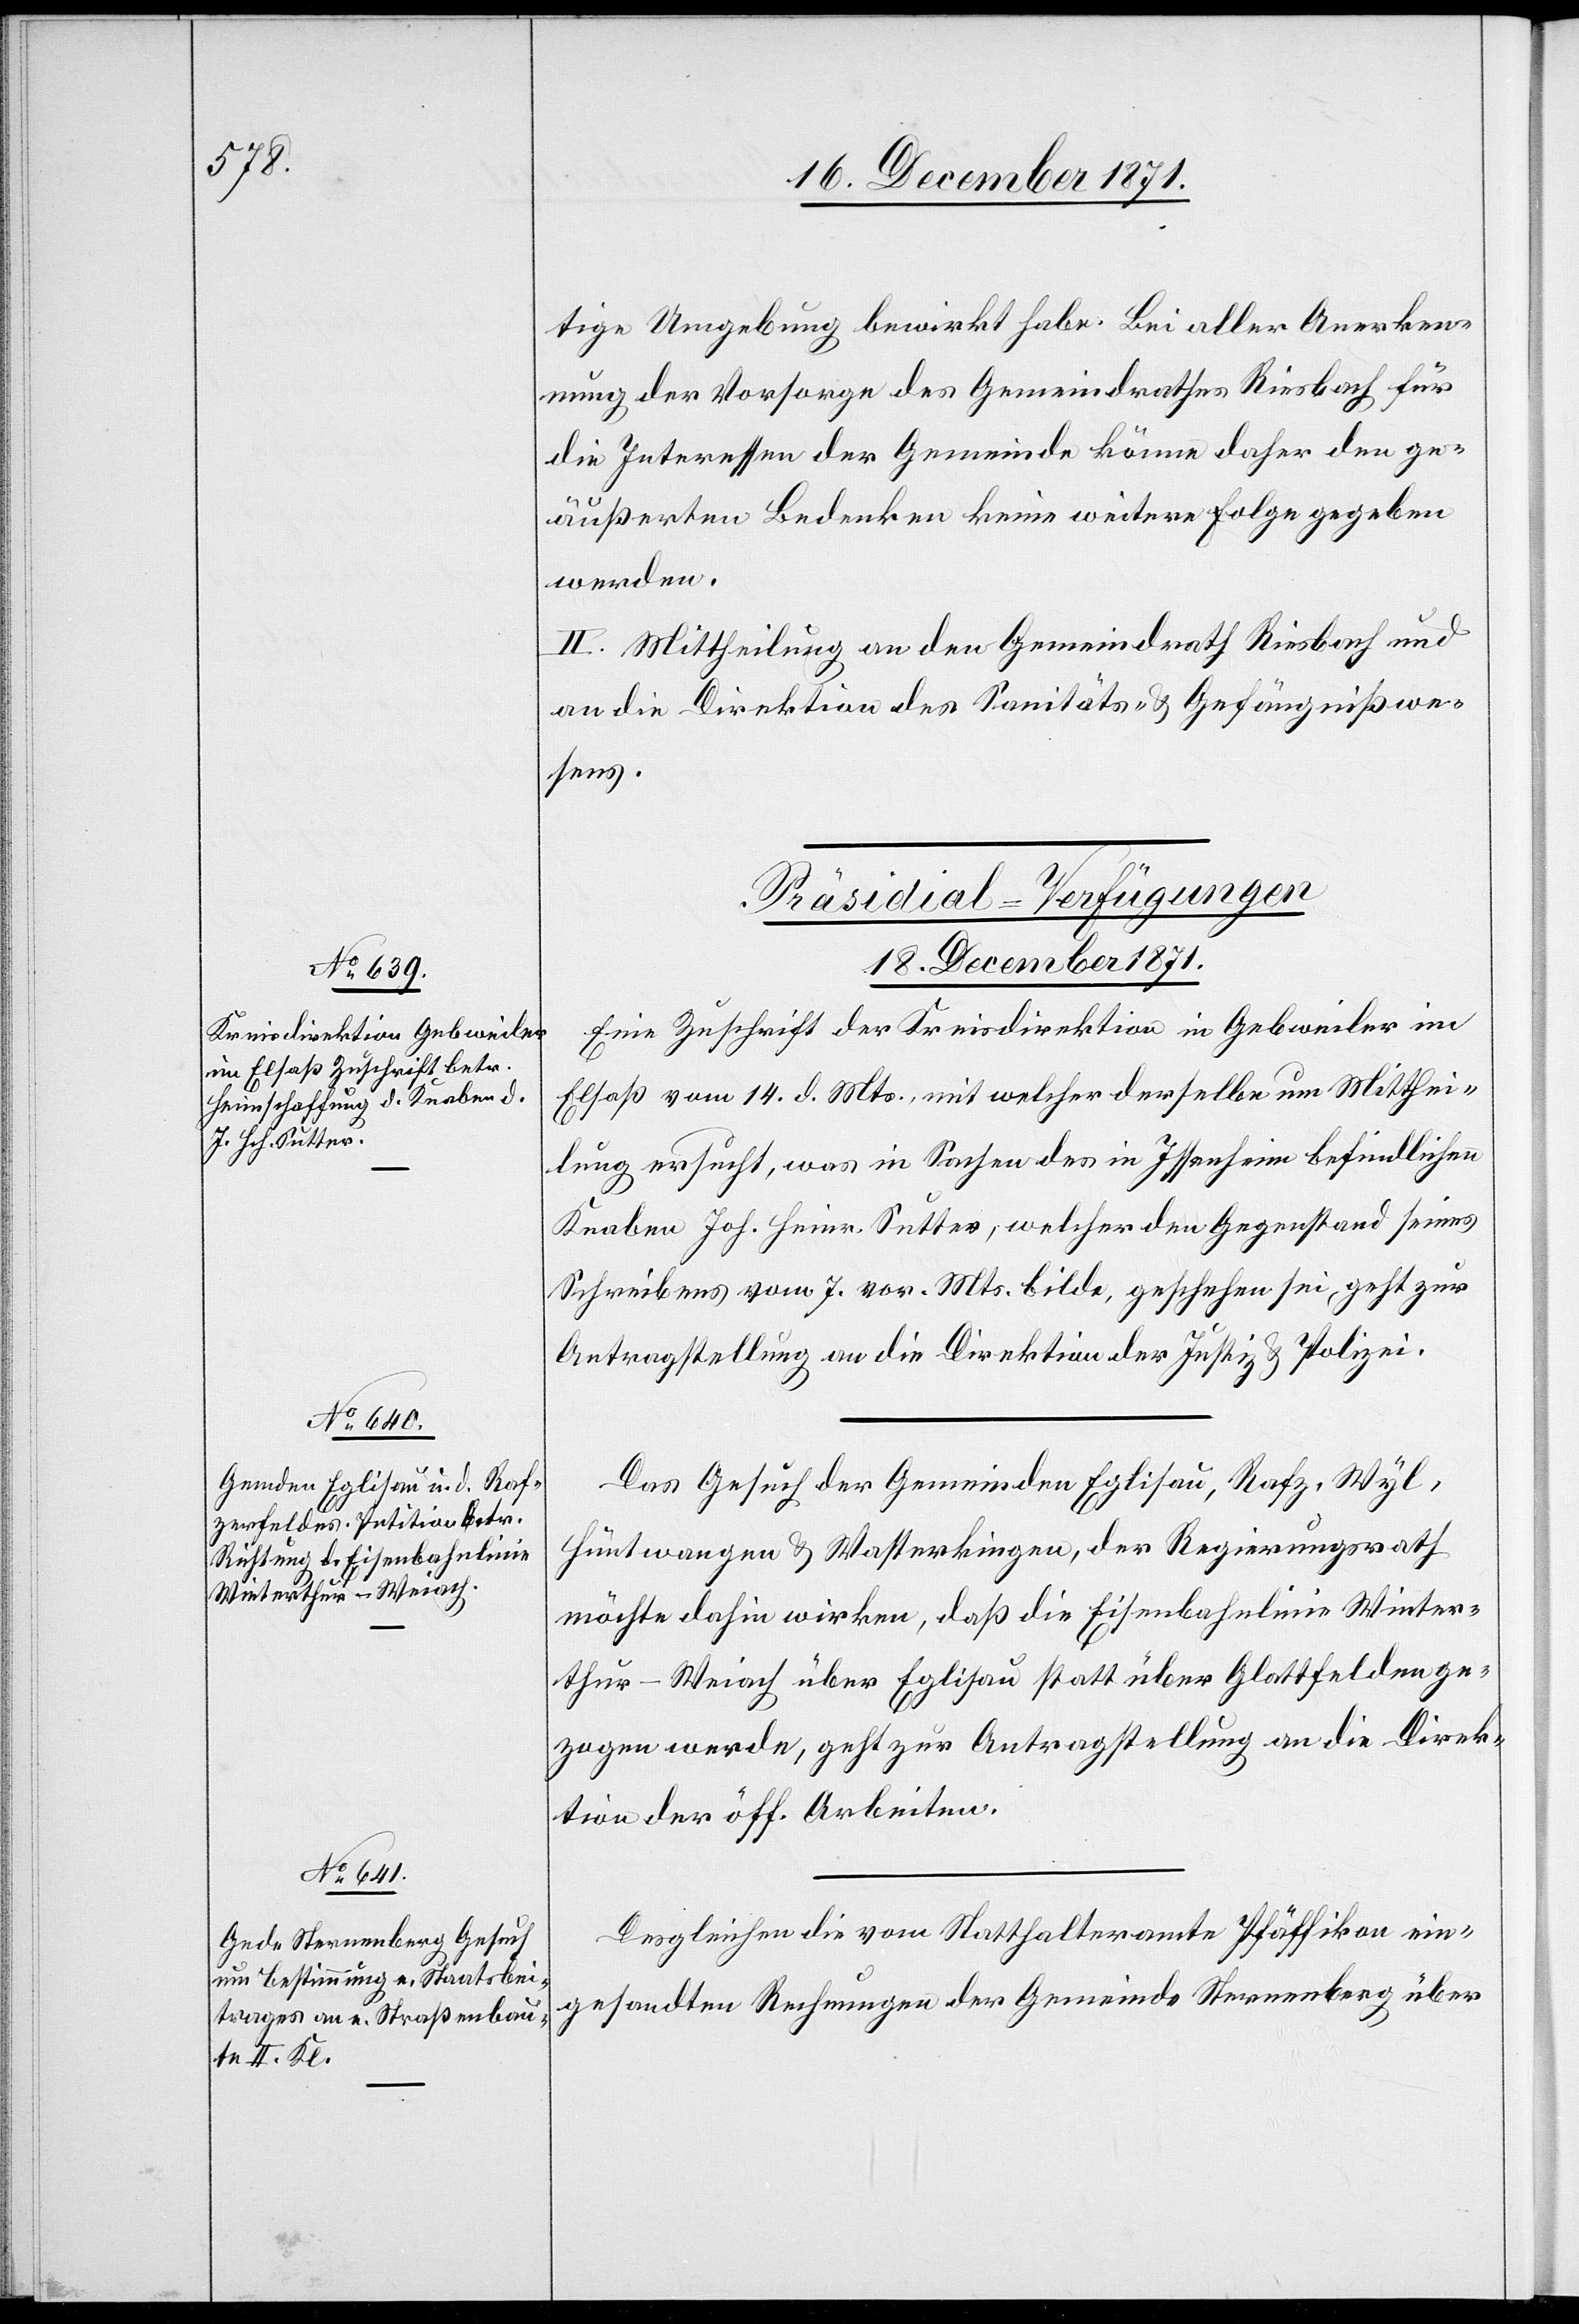
18. December 1871.]
tige Umgebung bewirkt habe. Bei aller Anerken¬
nung der Vorsorge des Gemeindrathes Riesbach für
die Interessen der Gemeinde könne daher den ge¬
äußerten Bedenken keine weitere Folge gegeben
werden.
II. Mittheilung an den Gemeindrath Riesbach und
an die Direktion des Sanitäts- & Gefängnißwe¬
sens.
[Präsidial-Verfügungen
Eine Zuschrift der Kreisdirektion in Gebweiler im
Elsaß vom 14. d. Mts., mit welcher derselbe [sic!] um Mitthei¬
lung ersucht, was in Sachen des in Issenheim befindlichen
Knaben Joh. Heinr. Sutter, welcher den Gegenstand seines
Schreibens vom 7. vor. Mts. bilde, geschehen sei, geht zur
Antragstellung an die Direktion der Justiz & Polizei.
Das Gesuch der Gemeinden Eglisau, Rafz, Wyl,
Hüntwangen & Wasterkingen, der Regierungsrath
möchte dahin wirken, daß die Eisenbahnlinie Winter¬
thur–Weiach über Eglisau statt über Glattfelden ge¬
zogen werde, geht zur Antragstellung an die Direk¬
tion der öff. Arbeiten.
Desgleichen die vom Statthalteramte Pfäffikon ein¬
gesandten Rechnungen der Gemeinde Sternenberg über